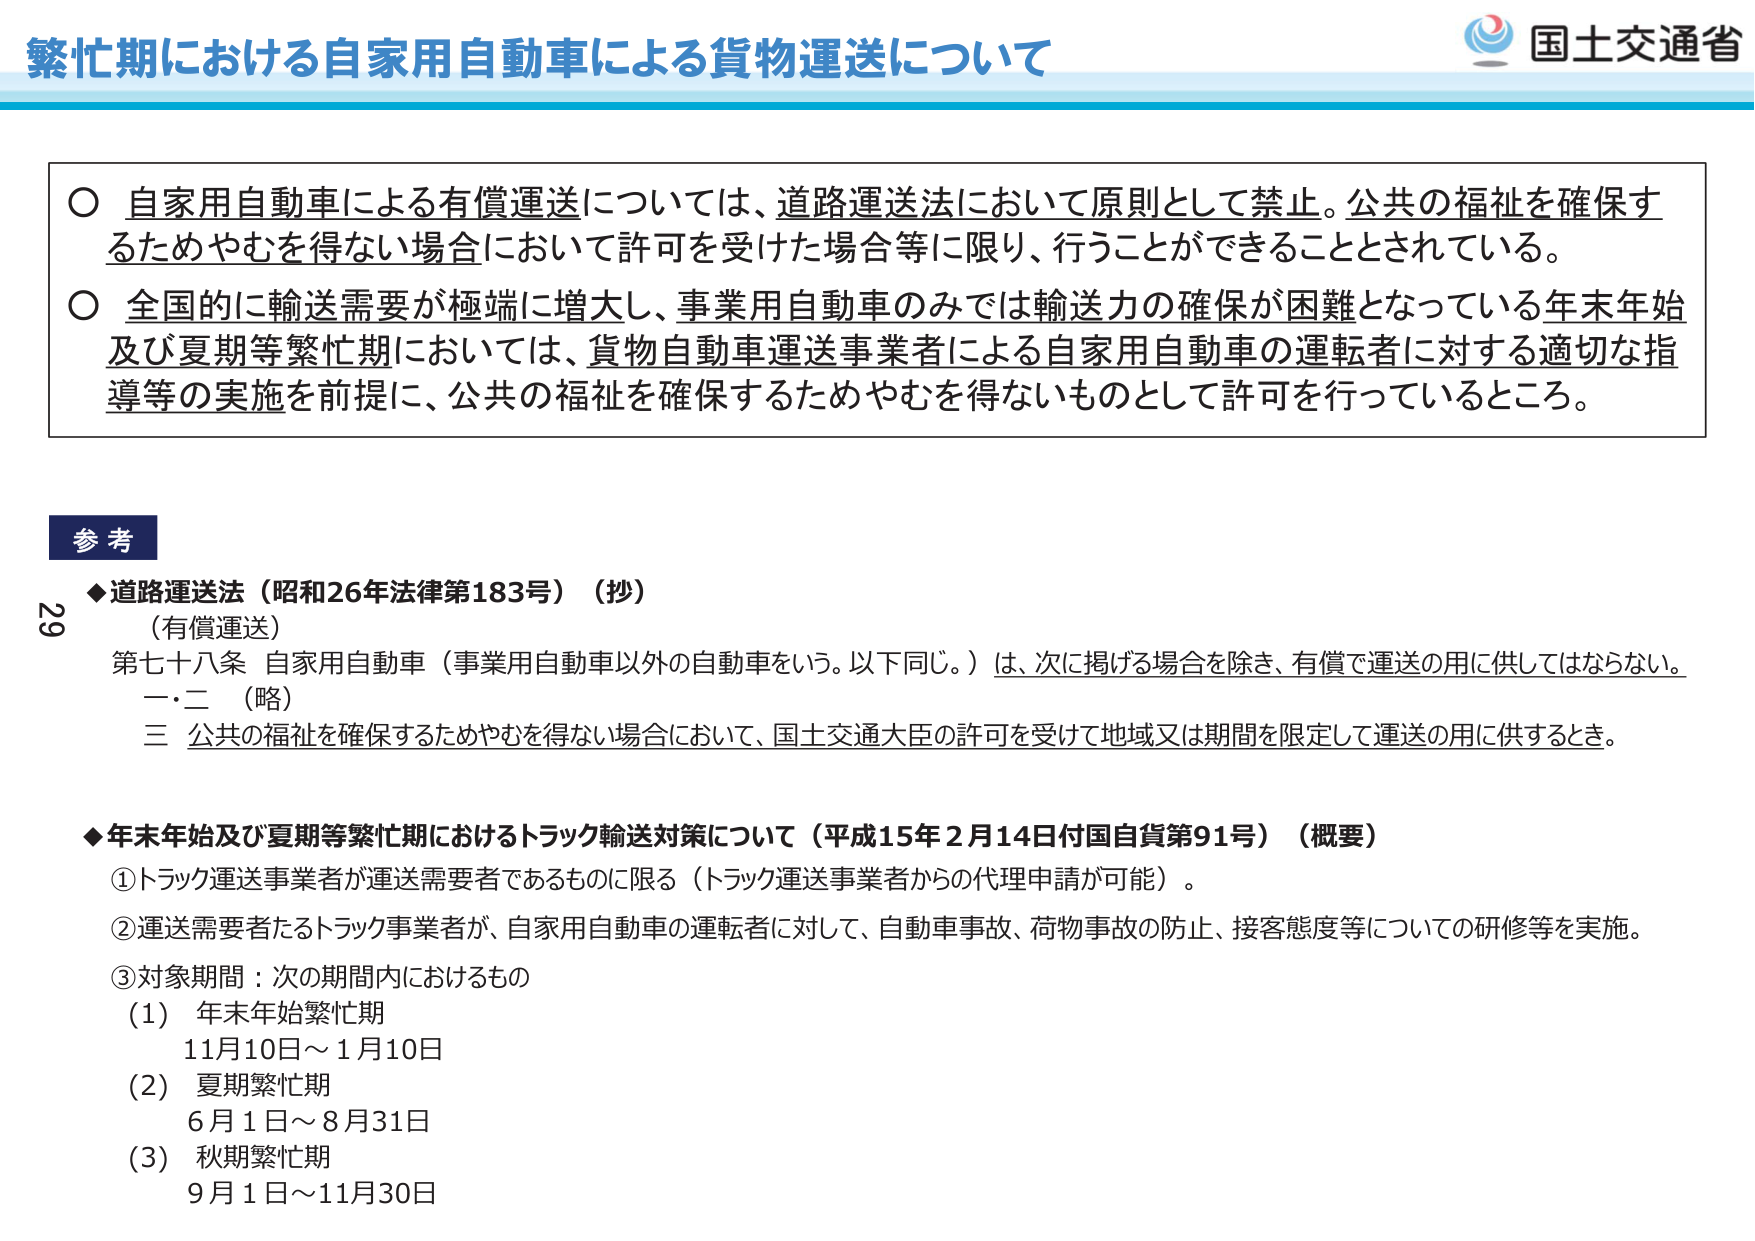
繁忙期における自家用自動車による貨物運送について

○ 自家用自動車による有償運送については、道路運送法において原則として禁止。公共の福祉を確保するためやむを得ない場合において許可を受けた場合等に限り、行うことができることとされている。

○ 全国的に輸送需要が極端に増大し、事業用自動車のみでは輸送力の確保が困難となっている年末年始及び夏期等繁忙期においては、貨物自動車運送事業者による自家用自動車の運転者に対する適切な指導等の実施を前提に、公共の福祉を確保するためやむを得ないものとして許可を行っているところ。

参考

◆道路運送法（昭和26年法律第183号）（抄）
（有償運送）
第七十八条 自家用自動車（事業用自動車以外の自動車をいう。以下同じ。）は、次に掲げる場合を除き、有償で運送の用に供してはならない。
一・二 （略）
三 公共の福祉を確保するためやむを得ない場合において、国土交通大臣の許可を受けて地域又は期間を限定して運送の用に供するとき。

◆年末年始及び夏期等繁忙期におけるトラック輸送対策について（平成15年2月14日付国自貨第91号）（概要）
①トラック運送事業者が運送需要者であるものに限る（トラック運送事業者からの代理申請が可能）。
②運送需要者たるトラック事業者が、自家用自動車の運転者に対して、自動車事故、荷物事故の防止、接客態度等についての研修等を実施。
③対象期間：次の期間内におけるもの
（1） 年末年始繁忙期
11月10日～1月10日
（2） 夏期繁忙期
6月1日～8月31日
（3） 秋期繁忙期
9月1日～11月30日

国土交通省